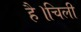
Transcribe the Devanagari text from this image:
है।चिली